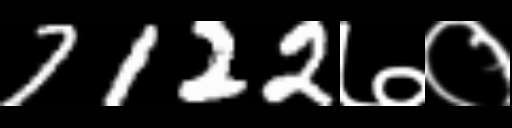
Text: 7122७०